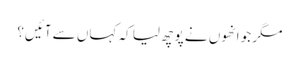
مگر جو انھوں نے پوچھ لیا کہ کہاں سے آئیں؟